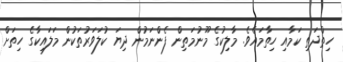
ހިތްދަތި ކަމާއި ހިތާމައެވެ. މާލިކުގެ މޫނުމަތިން ފެންނަމުން ދިޔަ ކުލަވަރުތަކުން މަލައިކާގެ ހިތަށް